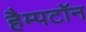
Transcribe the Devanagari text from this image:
हैम्पटॉन